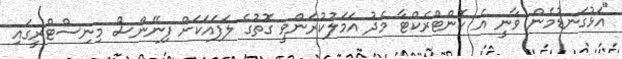
"އަޅުގަނޑުމެން ވާނީ އެ ކޮންޓްރެކްޓާ މެދު އަމަލުކުރަންވީ ގޮތުގެ ލަފައަކަށް ފިނޭންސް މިނިސްޓްރީގައި